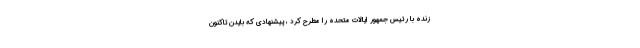
زنده با رئیس جمهور ایالات متحده را مطرح کرد ، پیشنهادی که بایدن تاکنون